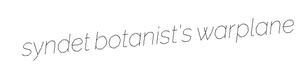
syndet botanist's warplane